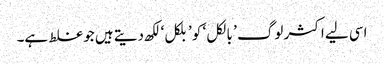
اسی لیے اکثر لوگ ’ بالکل ‘ کو ’بلکل‘ لکھ دیتے ہیں جو غلط ہے۔